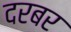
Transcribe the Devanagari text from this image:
दरबर